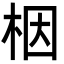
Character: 栶